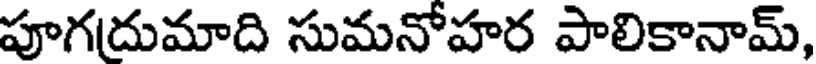
పూగదుమాది సుమనోహర పాలికానామ్,